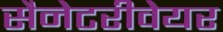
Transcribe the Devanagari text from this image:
सैनेटरीवेयर